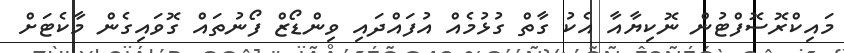
މައިކްރޮސޮފްޓުން ނޮކިޔާއާ އެކު ގާތް ގުޅުމެއް އުފައްދައި ވިންޑޯޒް ފޯނުތައް ގޮވައިގެން މާކެޓަށް